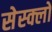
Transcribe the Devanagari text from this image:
सेस्क्लो